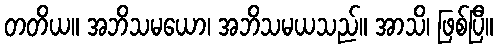
တတိယ။ အဘိသမယော၊ အဘိသမယသည်။ အာသိ၊ ဖြစ်ပြီ။